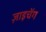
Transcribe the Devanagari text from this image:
ज़ाइचेंग